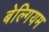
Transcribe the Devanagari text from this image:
बेल्गियम